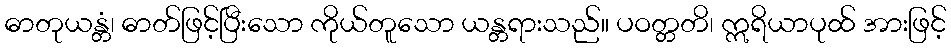
ဓာတုယန္တံ၊ ဓာတ်ဖြင့်ပြီးသော ကိုယ်တူသော ယန္တရားသည်။ ပဝတ္တတိ၊ ဣရိယာပုထ် အားဖြင့်